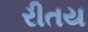
રીતય